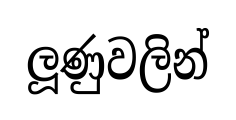
ලූණුවලින්